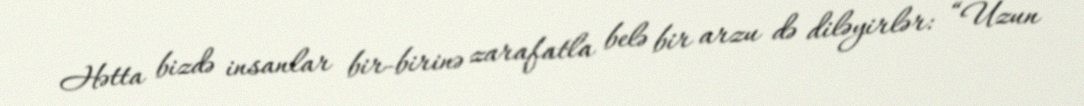
Hətta bizdə insanlar bir-birinə zarafatla belə bir arzu də diləyirlər: “Uzun